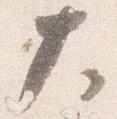
大